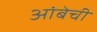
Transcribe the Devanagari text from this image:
आंबेची